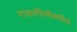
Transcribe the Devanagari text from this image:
राजतरंगिणीमधील